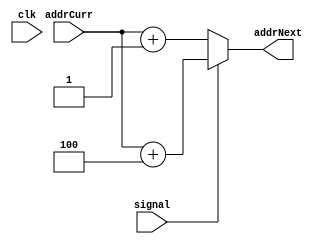
module addrAdder(addrCurr, addrNext, signal, clk);

	input clk;
	input  [6:0] addrCurr;
	input signal;
	output reg [6:0] addrNext;
	
	always@(*) begin
		if (signal) begin
			addrNext = addrCurr + 4;
		end
		else 
			addrNext = addrCurr + 1;
	end
endmodule